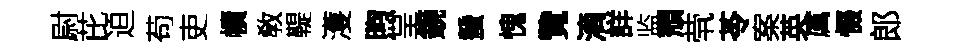
尉芘迫苟吏幘敎鞮濩煦呈鏡蜑愧覽滴詳监頽茕苓案英厲惙郎